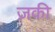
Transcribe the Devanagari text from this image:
ज़की